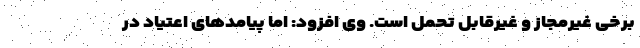
برخی غیرمجاز و غیرقابل تحمل است. وی افزود: اما پیامدهای اعتیاد در